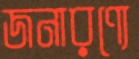
জনারণ্যে